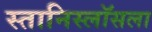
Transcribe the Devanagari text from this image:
स्तानिस्लॉसला